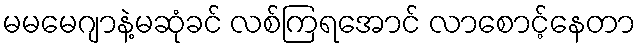
မမမေဂျာနဲ့မဆုံခင် လစ်ကြရအောင် လာစောင့်နေတာ